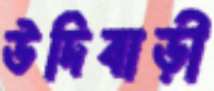
উদিবাড়ী